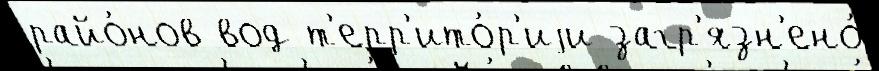
райо́нов вод т'ерр'ито́р'иjи загр'язн'ено́